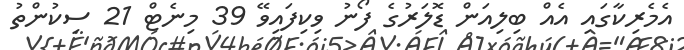
އެމެރިކާގައި އެއް ބިލިއަން ޑޮލަރުގެ ފޯނު ވިކިފައިވޭ 39 މިނެޓް 21 ސިކުންތު